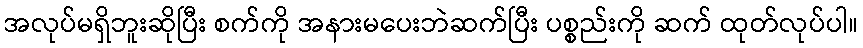
အလုပ်မရှိဘူးဆိုပြီး စက်ကို အနားမပေးဘဲဆက်ပြီး ပစ္စည်းကို ဆက် ထုတ်လုပ်ပါ။